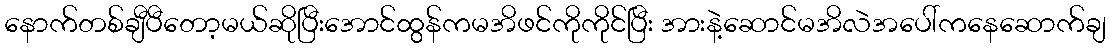
နောက်တစ်ချီပီတော့မယ်ဆိုပြီးအောင်ထွန်ကမအိဖင်ကိုကိုင်ပြီး အားနဲ့ဆောင်မအိလဲအပေါ်ကနေဆောက်ချ